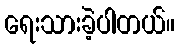
ရေးသားခဲ့ပါတယ်။